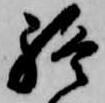
終